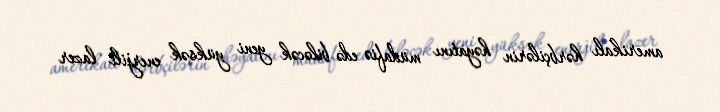
amerikalı hərbçilərin həyatını müdafiə edə biləcək yeni yüksək enerjili lazer